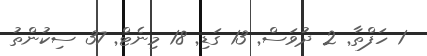
1 ހަފްތާ